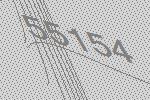
55154